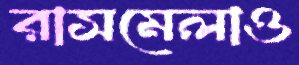
রাসমেলাও